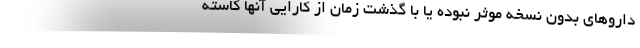
داروهای بدون نسخه موثر نبوده یا با گذشت زمان از کارایی آنها کاسته